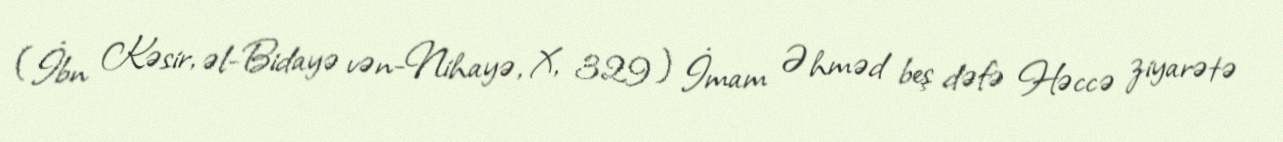
(İbn Kəsir, əl-Bidayə vən-Nihayə, X, 329) İmam Əhməd beş dəfə Həccə ziyarətə